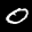
Digit: 0